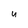
Character: u